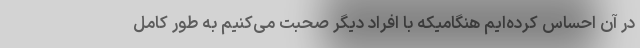
در آن احساس کرده‌ایم هنگامیکه با افراد دیگر صحبت می‌کنیم به طور کامل